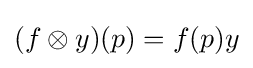
(f\otimes y)(p)=f(p)y